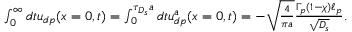
\begin{array} { r } { \int _ { 0 } ^ { \infty } d t u _ { d p } ( x = 0 , t ) = \int _ { 0 } ^ { \tau _ { D _ { s } } a } d t u _ { d p } ^ { a } ( x = 0 , t ) = - \sqrt { \frac { 4 } { \pi a } } \frac { \Gamma _ { p } ( 1 - \chi ) \ell _ { p } } { \sqrt { D _ { s } } } . } \end{array}